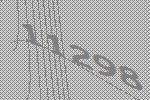
11298